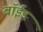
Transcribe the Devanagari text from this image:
बॉईड